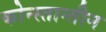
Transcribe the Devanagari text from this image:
कोन्स्तान्तीन